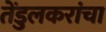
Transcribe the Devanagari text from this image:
तेंडुलकरांचा